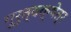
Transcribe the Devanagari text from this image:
गुरुत्वक्षेत्र